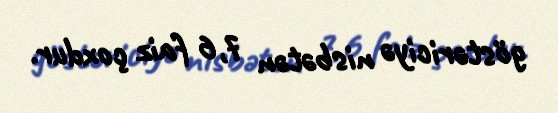
göstəriciyə nisbətən 7,6 faiz çoxdur.